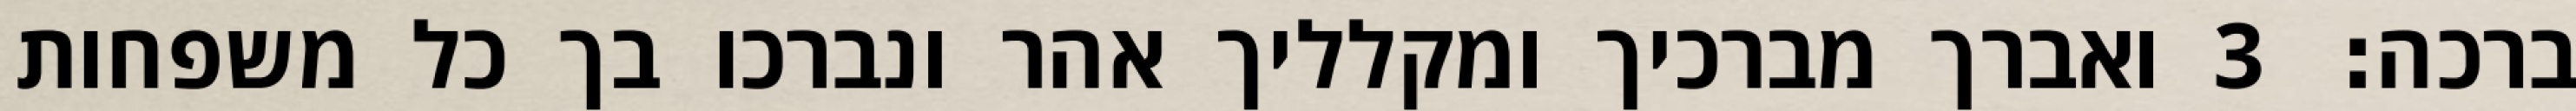
ברכה׃ ‎3‏ ואברך מברכיך ומקלליך אהר ונברכו בך כל משפחות